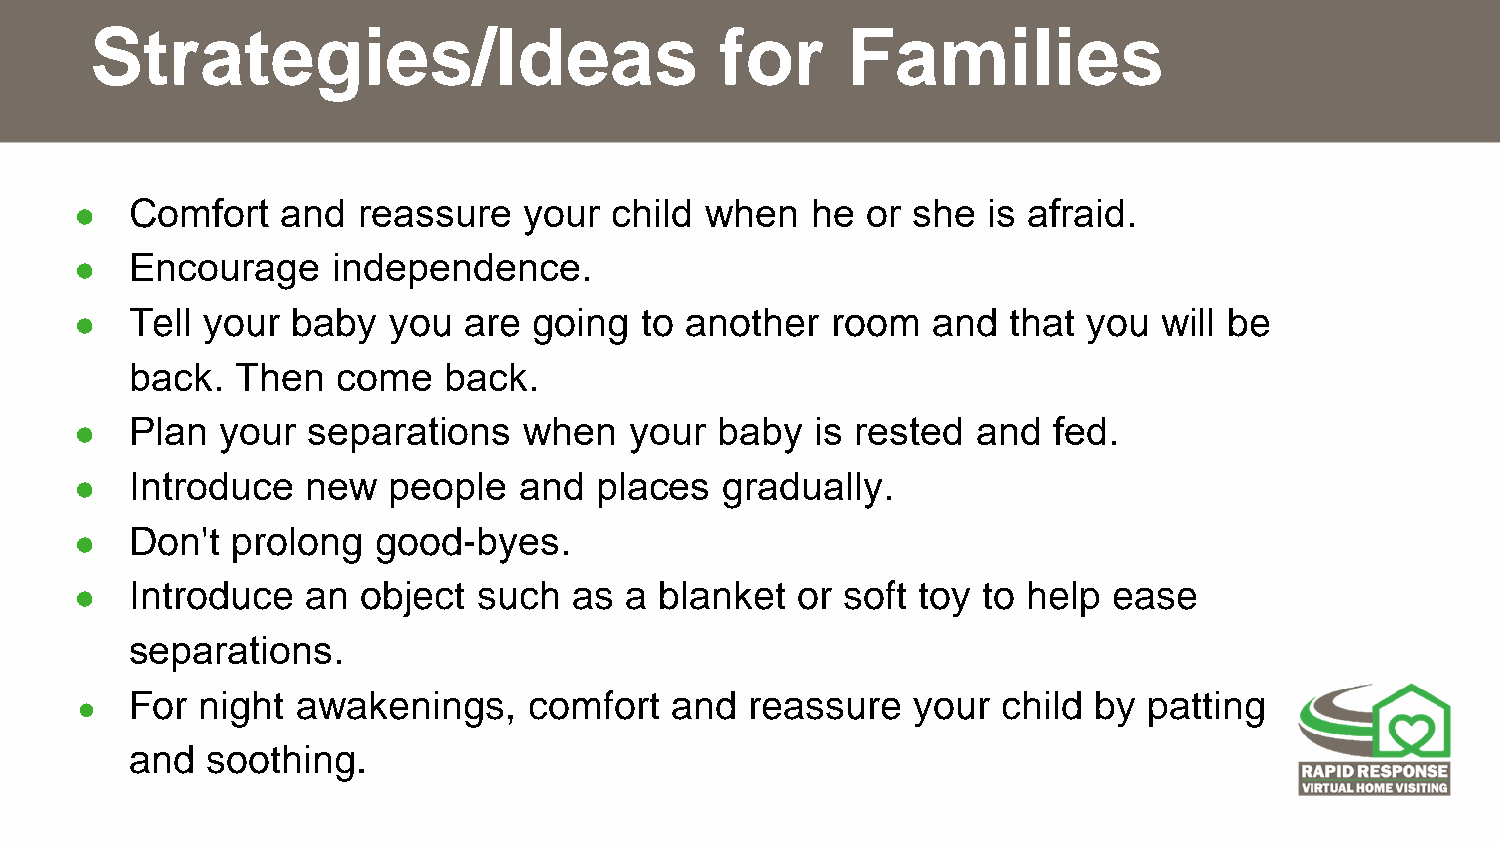
Strategies/Ideas                          for     Families
 ●   Comfort   and  reassure   your  child when   he or she  is afraid.​
 ●   Encourage    independence.​
 ●   Tell your baby   you  are going  to another   room   and  that you  will be
 back.  Then  come   back.​
 ●   Plan  your separations    when   your  baby  is rested  and  fed.​
 ●   Introduce  new   people  and   places  gradually.  ​
 ●   Don't prolong   good-byes.    ​
 ●   Introduce  an  object  such  as a  blanket  or soft toy to help  ease
 separations.​
 For night  awakenings,    comfort  and   reassure   your child  by patting
 ●
 and  soothing.